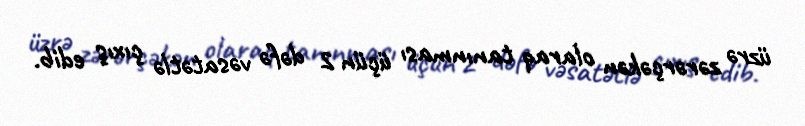
üzrə zərərçəkən olaraq tanınması üçün 2 dəfə vəsatətlə çıxış edib.